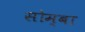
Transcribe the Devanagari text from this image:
सोम्बा